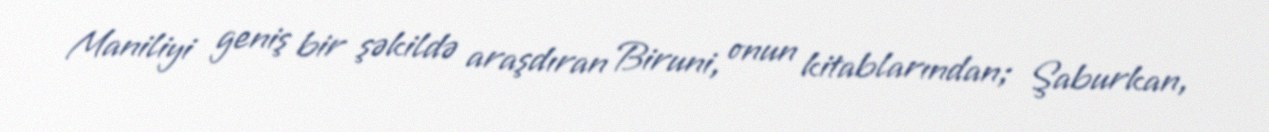
Maniliyi geniş bir şəkildə araşdıran Biruni, onun kitablarından; Şaburkan,